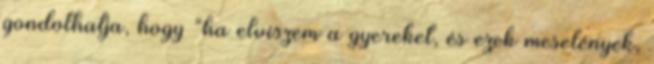
gondolhatja, hogy “ha elviszem a gyereket, és ezek meselények,